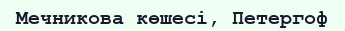
Мечникова көшесі, Петергоф